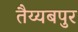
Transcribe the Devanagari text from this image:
तैय्यबपुर